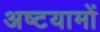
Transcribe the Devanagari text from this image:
अष्टयामों